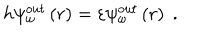
h \psi _ { \omega } ^ { o u t } \left( r \right) = \varepsilon \psi _ { \omega } ^ { o u t } \left( r \right) \; .